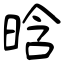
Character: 晗